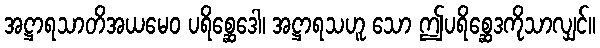
အဋ္ဌာရသာတိအယမေဝ ပရိစ္ဆေဒေါ၊ အဋ္ဌာရသဟူ သော ဤပရိစ္ဆေဒကိုသာလျှင်။